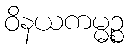
ဝိနယကမ္မဉ္စ